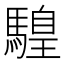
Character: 𩥧